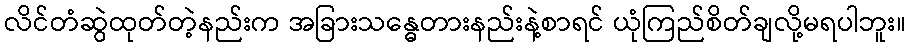
လိင်တံဆွဲထုတ်တဲ့နည်းက အခြားသန္ဓေတားနည်းနဲ့စာရင် ယုံကြည်စိတ်ချလို့မရပါဘူး။